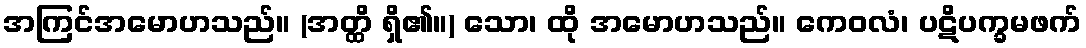
အကြင်အမောဟသည်။ (အတ္ထိ ရှိ၏။) သော၊ ထို အမောဟသည်။ ကေဝလံ၊ ပဋိပက္ခမဖက်